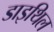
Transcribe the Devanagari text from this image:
डाइथिल